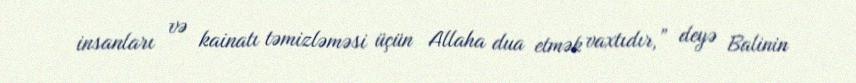
insanları və kainatı təmizləməsi üçün Allaha dua etmək vaxtıdır,” deyə Balinin